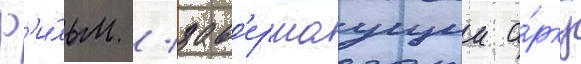
ф'и́льм / зав'ершаущии а́рку